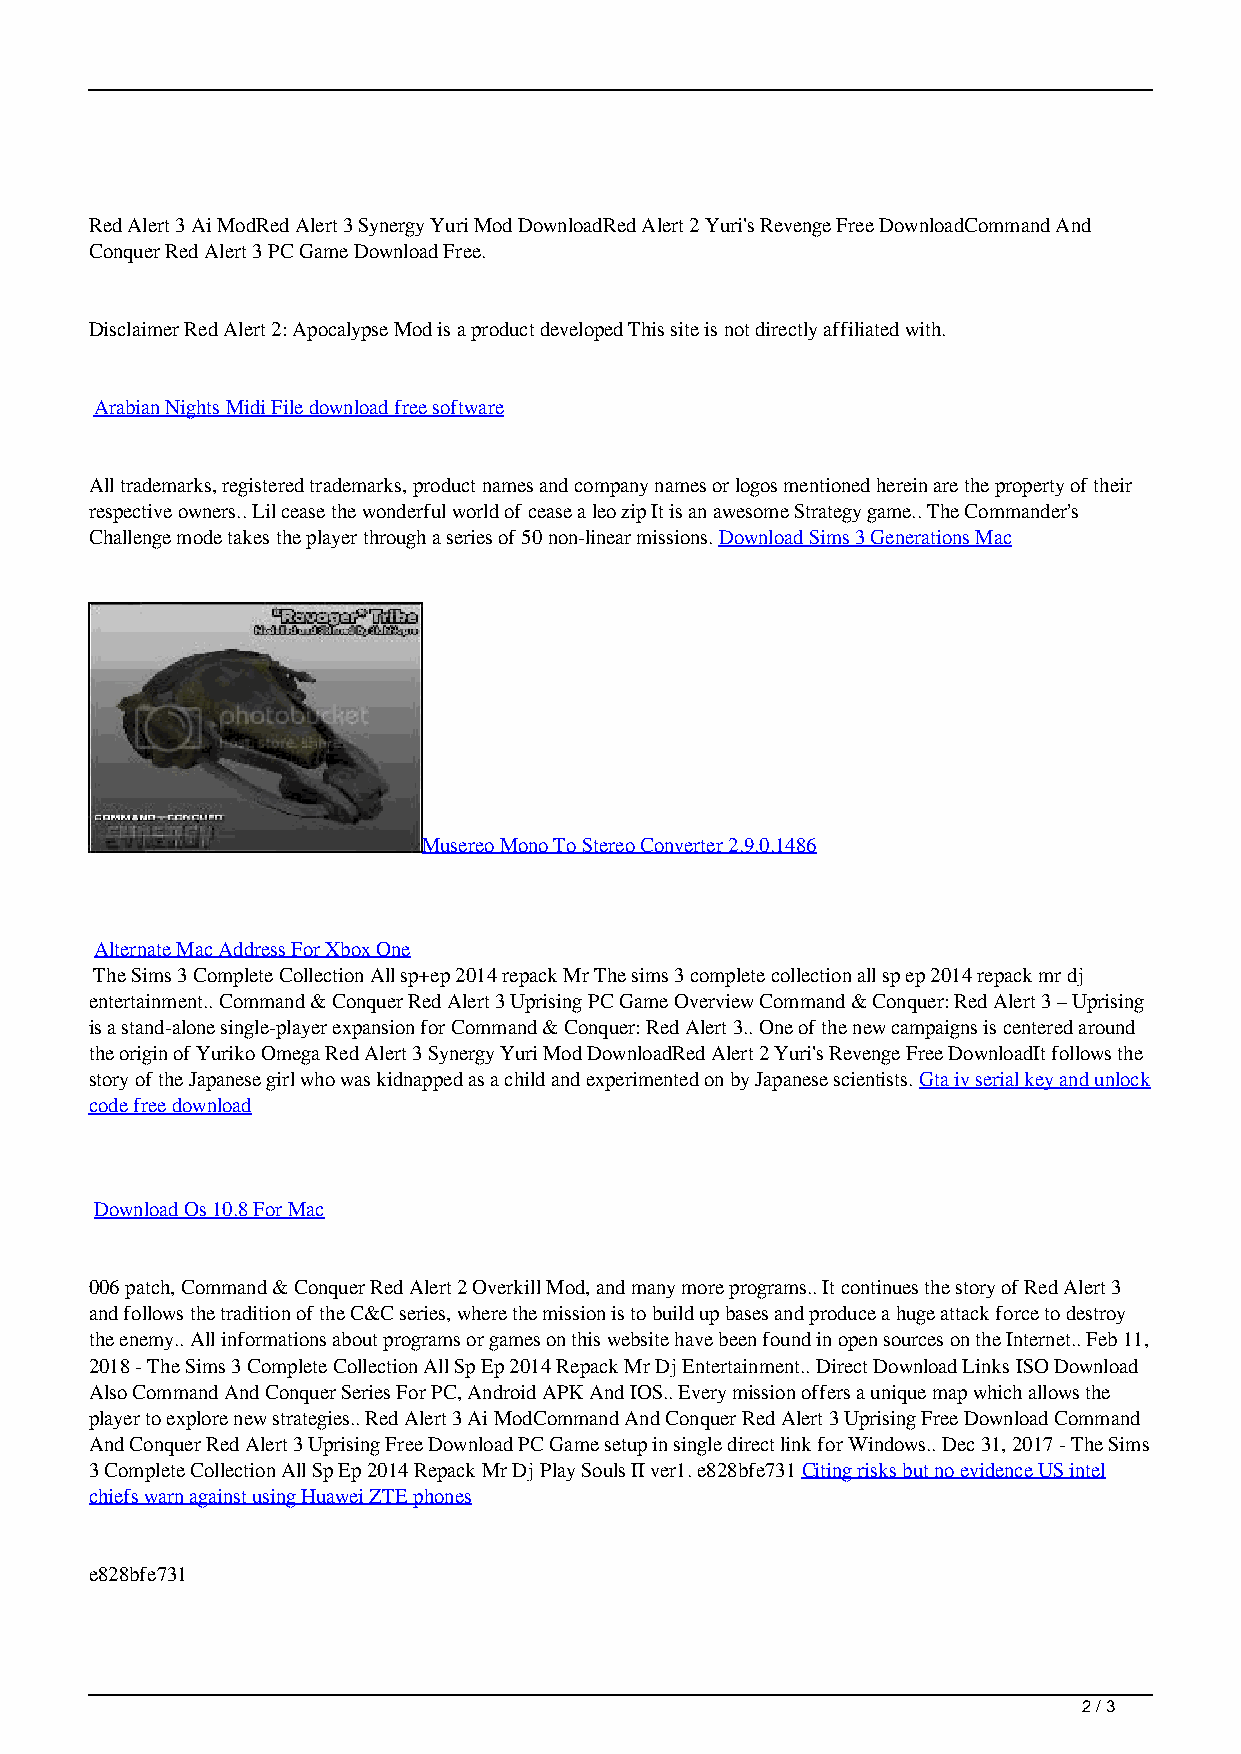
Red Alert 3 Ai ModRed Alert 3 Synergy Yuri Mod DownloadRed Alert 2 Yuri's Revenge Free DownloadCommand And
 Conquer Red Alert 3 PC Game Download Free.
 Disclaimer Red Alert 2: Apocalypse Mod is a product developed This site is not directly affiliated with.
 Arabian Nights Midi File download free software
 All trademarks, registered trademarks, product names and company names or logos mentioned herein are the property of their
 respective owners.. Lil cease the wonderful world of cease a leo zip It is an awesome Strategy game.. The Commander’s
 Challenge mode takes the player through a series of 50 non-linear missions. Download Sims 3 Generations Mac
 Musereo Mono To Stereo Converter 2.9.0.1486
 Alternate Mac Address For Xbox One
 The Sims 3 Complete Collection All sp+ep 2014 repack Mr The sims 3 complete collection all sp ep 2014 repack mr dj
 entertainment.. Command & Conquer Red Alert 3 Uprising PC Game Overview Command & Conquer: Red Alert 3 – Uprising
 is a stand-alone single-player expansion for Command & Conquer: Red Alert 3.. One of the new campaigns is centered around
 the origin of Yuriko Omega Red Alert 3 Synergy Yuri Mod DownloadRed Alert 2 Yuri's Revenge Free DownloadIt follows the
 story of the Japanese girl who was kidnapped as a child and experimented on by Japanese scientists. Gta iv serial key and unlock
 code free download
 Download Os 10.8 For Mac
 006 patch, Command & Conquer Red Alert 2 Overkill Mod, and many more programs.. It continues the story of Red Alert 3
 and follows the tradition of the C&C series, where the mission is to build up bases and produce a huge attack force to destroy
 the enemy.. All informations about programs or games on this website have been found in open sources on the Internet.. Feb 11,
 2018 - The Sims 3 Complete Collection All Sp Ep 2014 Repack Mr Dj Entertainment.. Direct Download Links ISO Download
 Also Command And Conquer Series For PC, Android APK And IOS.. Every mission offers a unique map which allows the
 player to explore new strategies.. Red Alert 3 Ai ModCommand And Conquer Red Alert 3 Uprising Free Download Command
 And Conquer Red Alert 3 Uprising Free Download PC Game setup in single direct link for Windows.. Dec 31, 2017 - The Sims
 3 Complete Collection All Sp Ep 2014 Repack Mr Dj Play Souls II ver1. e828bfe731 Citing risks but no evidence US intel
 chiefs warn against using Huawei ZTE phones
 e828bfe731
 2 / 3